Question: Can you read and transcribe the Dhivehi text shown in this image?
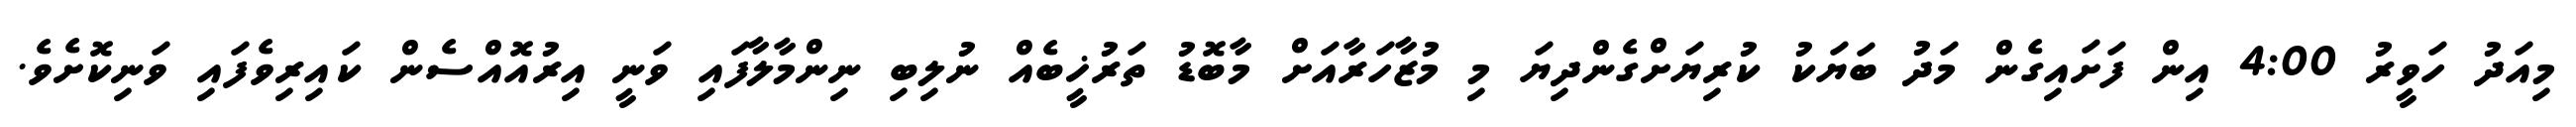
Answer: މިއަދު ހަވީރު 4:00 އިން ފަށައިގެން މަދު ބަޔަކު ކުރިޔަށްގެންދިޔަ މި މުޒާހަރާއަށް މާބޮޑު ތަރުޚީބެއް ނުލިބި ނިންމާލާފައި ވަނީ އިރުއޮއްސެން ކައިރިވެފައި ވަނިކޮށެވެ.